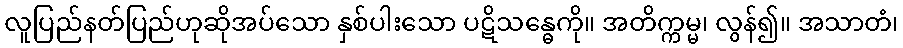
လူပြည်နတ်ပြည်ဟုဆိုအပ်သော နှစ်ပါးသော ပဋိသန္ဓေကို။ အတိက္ကမ္မ၊ လွန်၍။ အသာတံ၊